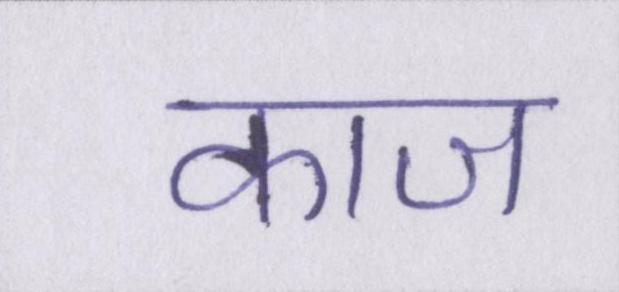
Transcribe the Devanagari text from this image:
काज